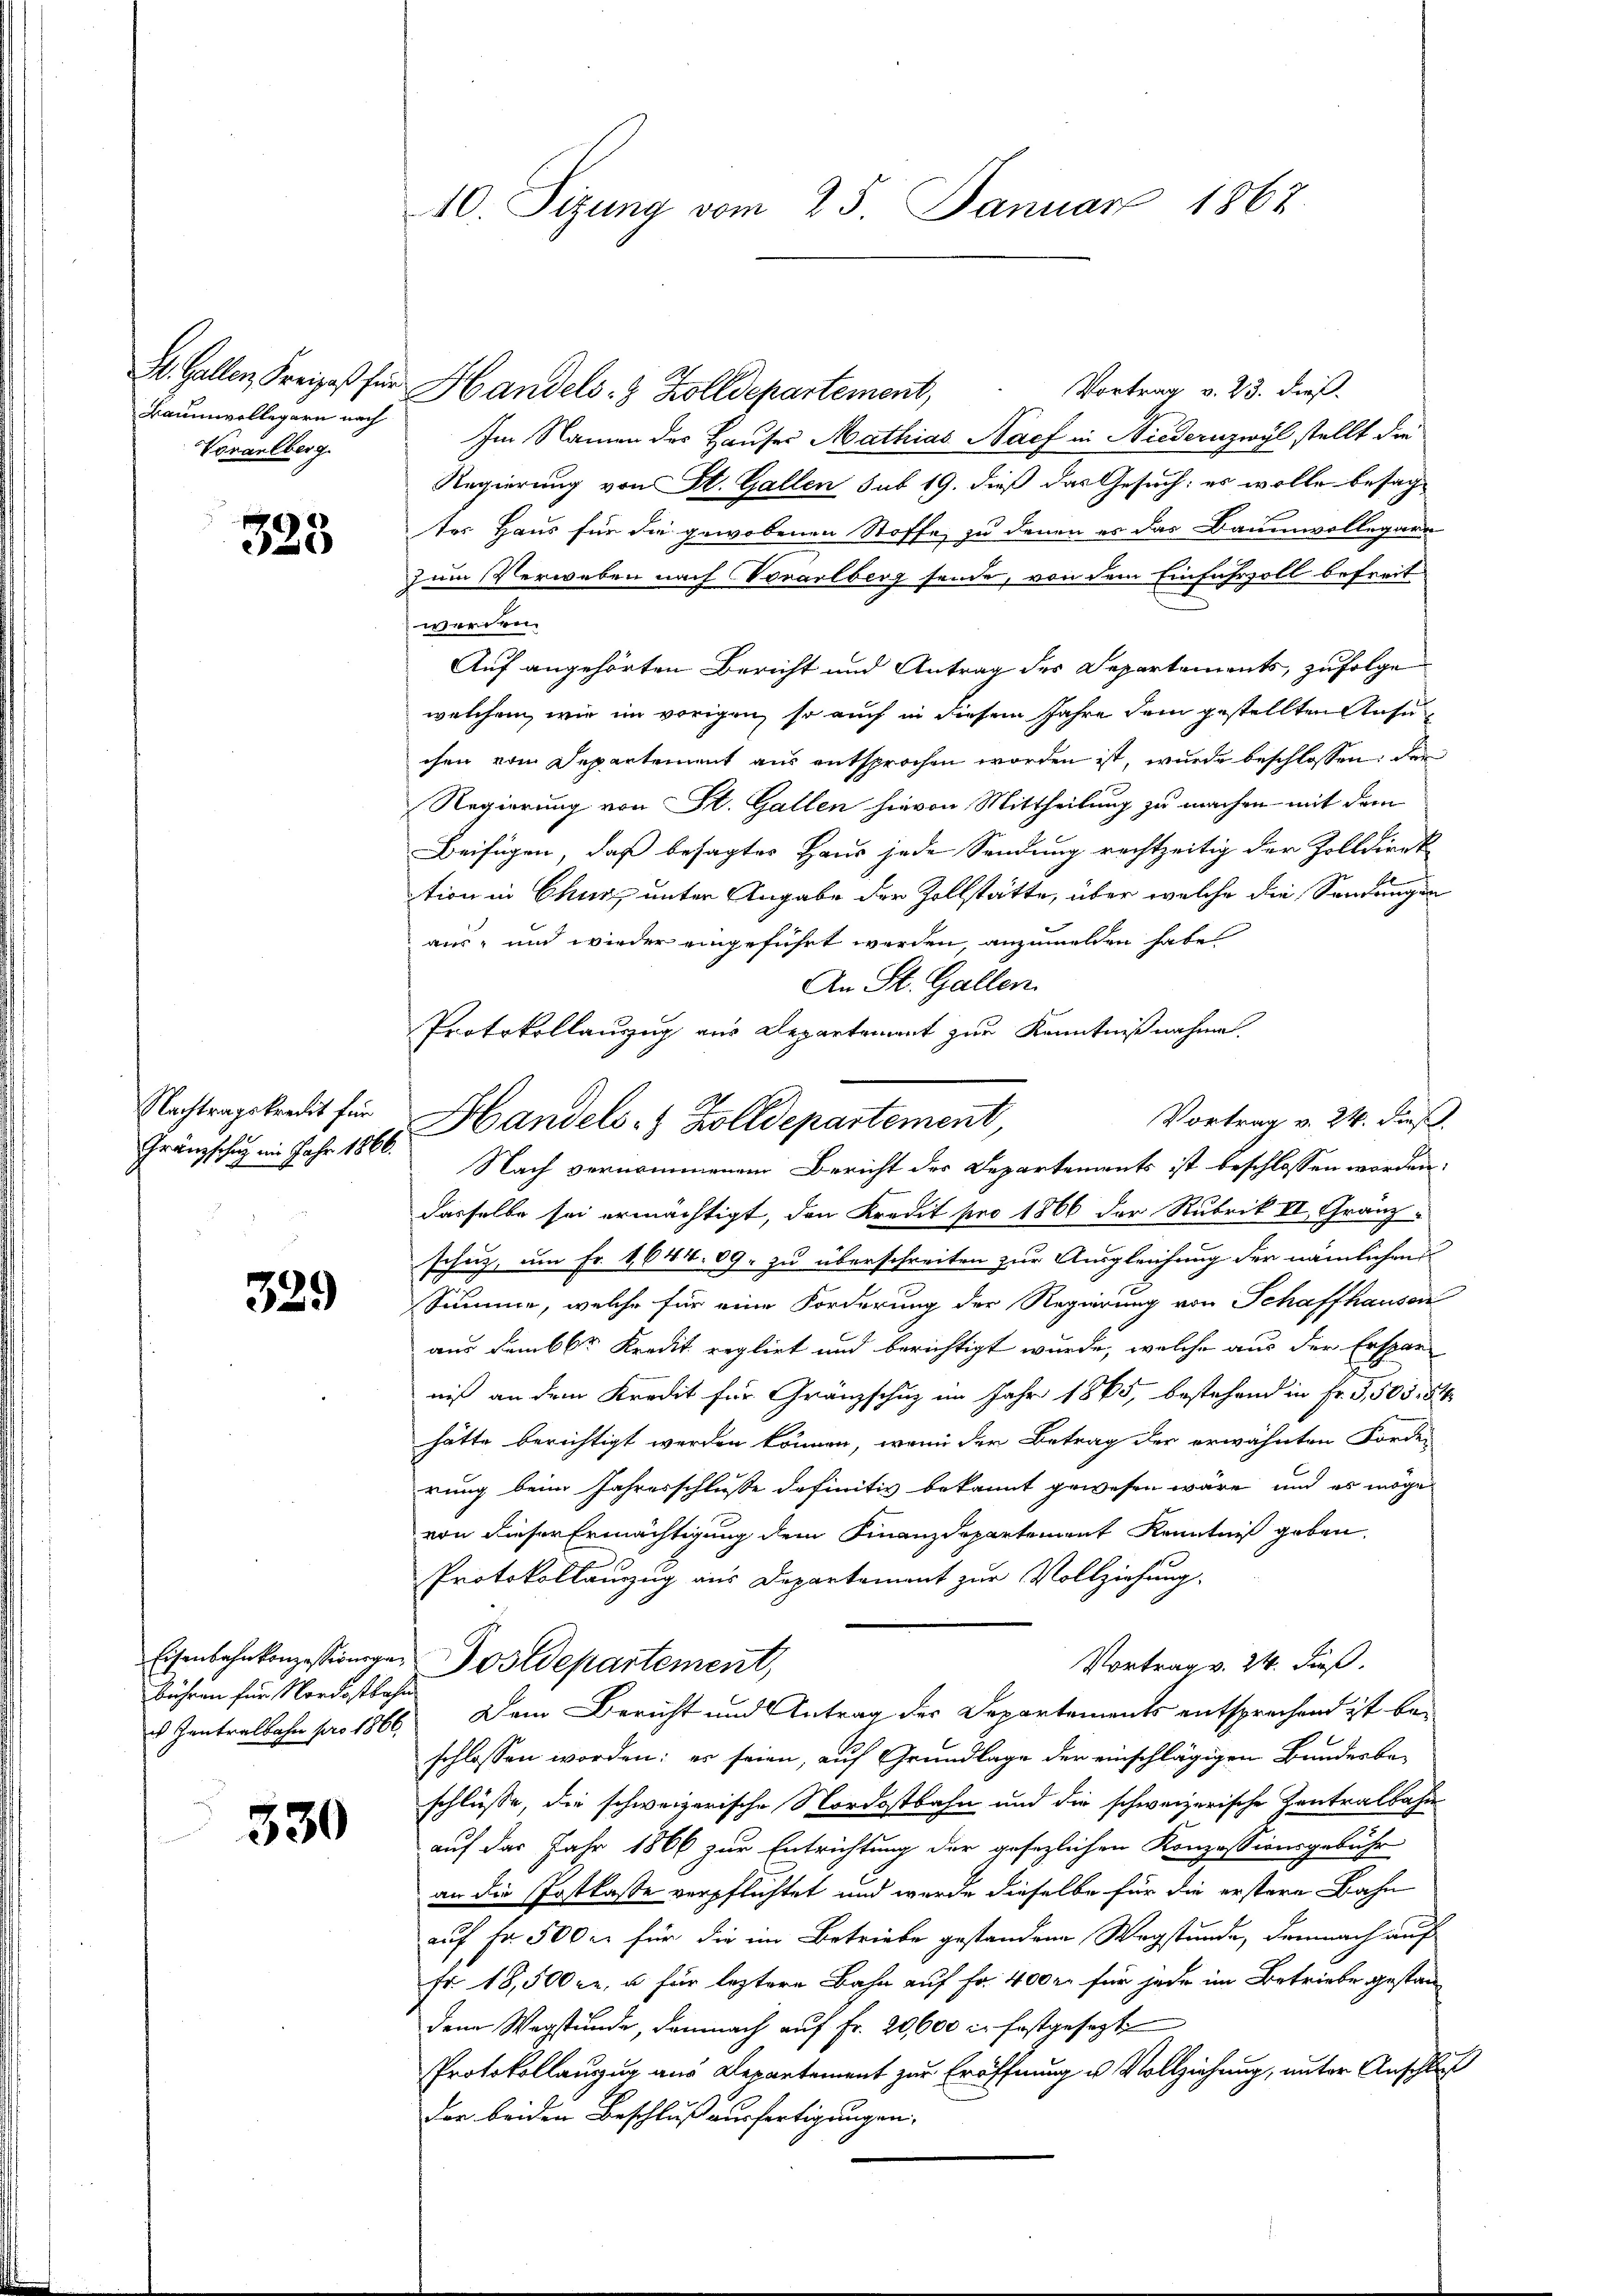
St. Gallen Kreizes für
Baumwollegarn nach
Vorarlberg.

323

Nachtragskredit für
Gränzschug im Jahr 1866.

329

Eisenbahnkonzessionsgebühren für Nordostbahn

330

10. Sizung vom 25. Januar 1862.

An St. Gallen.
Protokollauszug aus Departement zur Kenntnißnahme.
Vortrag v. 24. dieß.
Handels- & Zolldepartement,
Nach vernommenem Bericht der Departements ist beschlossen worden.

Vortrag v. 23. dieß.
Handels- & Zolldepartement,
Im Namen des Hauser Mathias Nach in Niedernzwyl stellt die
Regierung von St. Gallen sub 19. dieß das Gesuch: es wolle besagtes Haus für die gewobenen Stoffe, zu denen es das Baumwollegarn
zum Verweben nach Vorarlberg sende, von dem Einfahrzoll befreit
werden.
Auf angehörten Bericht und Antrag des Departements, zufolge
welchem, wie im vorigen, so auch in diesem Jahre dem gestellten Ansu
chen vom Departement aus entsprochen worden ist, wurde beschlossen: der
Regierung von St. Gallen hievon Mittheilung zu machen mit dem
Beifügen, daß besagtes Haus jede Sendung rechtzeitig der Zolldirek
tion in Chur unter Angabe der Zollstätte, über welche die Sendungen
aus- und wieder eingeführt werden, anzumelden habe,
dasselbe sei ermächtigt, den Kredit pro 1866 der Rubrik II, Gränz
schutz, um Fr. 1644. 89. zu überschreiten zur Ausgleichung der nämlichen
Summe, welche für eine Forderung der Regierung von Schaffhausen
aus dem 66r Kredit reglirt und berichtigt wurde, welche aus der Ersparniß an dem Kredit für Gränzschuz im Jahr 1865, bestehend in Fr. G,505, 54
hätte berichtigt werden können, wenn der Betrag der erwähnten Forder
rung beim Jahresschlusse definitiv bekannt gewesen wäre, und es möge
von dieser Ermächtigung dem Finanzdepartement Kenntniß geben.
Protokollanzug aus Departement zur Vollziehung.
Vortrag v. 24. dieß.
Postdepartement,
 Zentralbahn pro 1866. Dem Bericht und Antrag der Departements entsprechend ist beschlossen worden; er seien, auf Grundlage der einschlägigen Bundesbe-
schlüsse, die schweizerische Nordostbahn und die schweizerische Zentralbahn
auf das Jahr 1866 zur Entrichtung der gesezlichen Konzessionsgebühr
an die Postkasse verpflichtet und wurde dieselbe für die erstere Bahn
auf Fr. 500 fr für die im Betriebe gestandene Wegstunde, demnach auf
Fr. 18,500 fl, u. für leztere Bahn auf Fr. 400 r. für jede im Betriebe gestan
den Wegstunde, demnach auf Fr. 20,600 c. festgesezt
Protokollauzug aus Departement zur Eröffnung u Vollziehung, unter Anschluß
Der beiden Beschluß ausfertigungen,